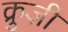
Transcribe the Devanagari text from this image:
क्रुज़ी